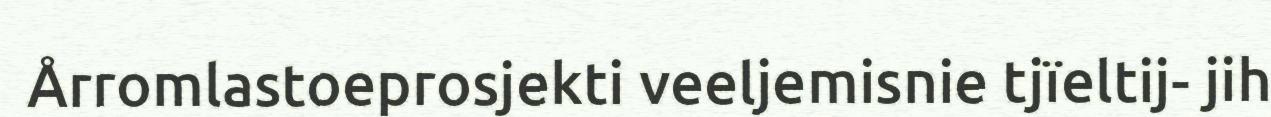
Årromlastoeprosjekti veeljemisnie tjïeltij- jih